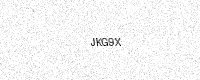
Text: JKG9X